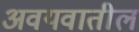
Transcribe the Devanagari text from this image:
अवयवातील